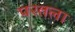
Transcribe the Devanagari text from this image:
परतला